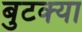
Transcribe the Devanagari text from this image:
बुटक्‍या